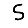
Digit: 5